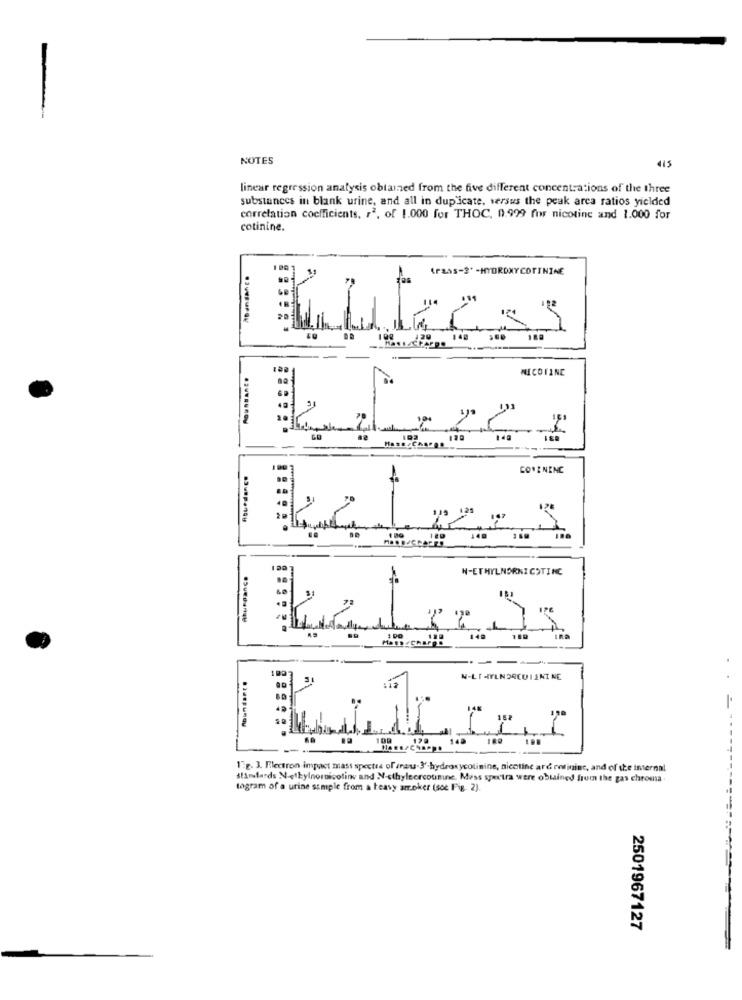
NOTES
415
linear regression analysis obtained from the five different concentrations of the three
substances in blank urine, and all in duplicate, versus the peak arca ratios yielded
correlation coefficients. , 2. of 1.000 for THOC, 0.999 for nicotine and 1.000 for
cotinine.
(Pass-3' -HYDROXYCOTININE
HCOFINE
CORININC
auspanty
N-ETHYLNORNIGSTINC
149
--
N-LI HYLNORCUIENINE
1Fg. 3. Electron impact mass spectes of inou-3'-hydroxycolinine, nicotine ard refinine, and of the internal
standards N-ethylnornicotine and N-sthyleercousine. Mass spextra were obtained from the gas chroma.
togram of a urine sample from a heavy arroker (soc Fig. 2).
2501967127